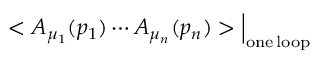
< A _ { \mu _ { 1 } } ( p _ { 1 } ) \cdots A _ { \mu _ { n } } ( p _ { n } ) > \Big | _ { \mathrm { o n e \, l o o p } }